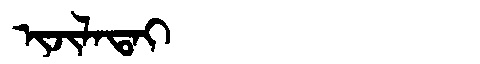
Manchu: ᡳᠵᡳᠯᠠᡨᠠᡳ
Romanization: IJILATAI